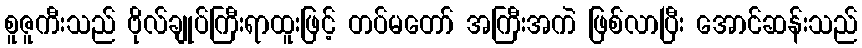
စူဇူကီးသည် ဗိုလ်ချုပ်ကြီးရာထူးဖြင့် တပ်မတော် အကြီးအကဲ ဖြစ်လာပြီး အောင်ဆန်းသည်